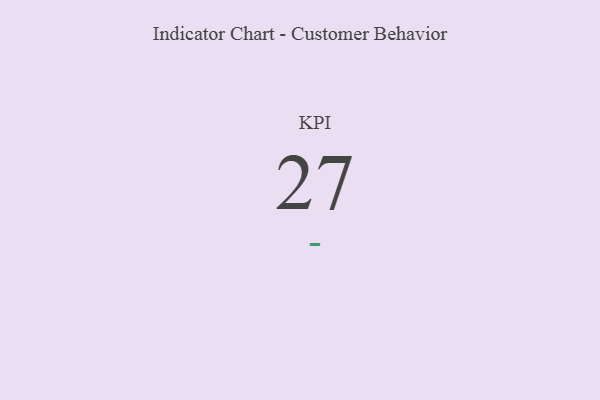
{"axis": {"x": "KPI", "y": "Value"}, "legend": [""], "data": [{"x": "KPI", "y": 27, "type": ""}]}